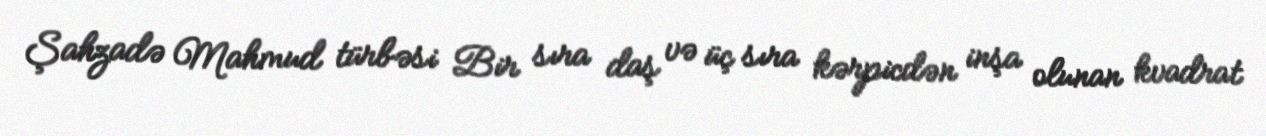
Şahzadə Mahmud türbəsi Bir sıra daş və üç sıra kərpicdən inşa olunan kvadrat